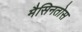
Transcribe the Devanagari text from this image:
मैसिनतोस